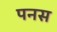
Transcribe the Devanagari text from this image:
पनस